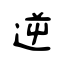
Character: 逆